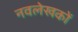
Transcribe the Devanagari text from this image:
नवलेखकों